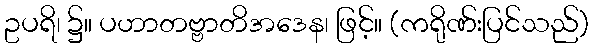
ဥပရိ၊ ၌။ ပဟာတဗ္ဗာတိအဒေန၊ ဖြင့်။ (ကရိုဏ်းပြင်သည်)